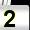
Digit: 2